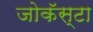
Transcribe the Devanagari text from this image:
जोकॅस्टा